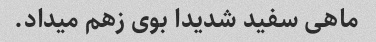
ماهی سفید شدیدا‌ بوی زهم میداد.